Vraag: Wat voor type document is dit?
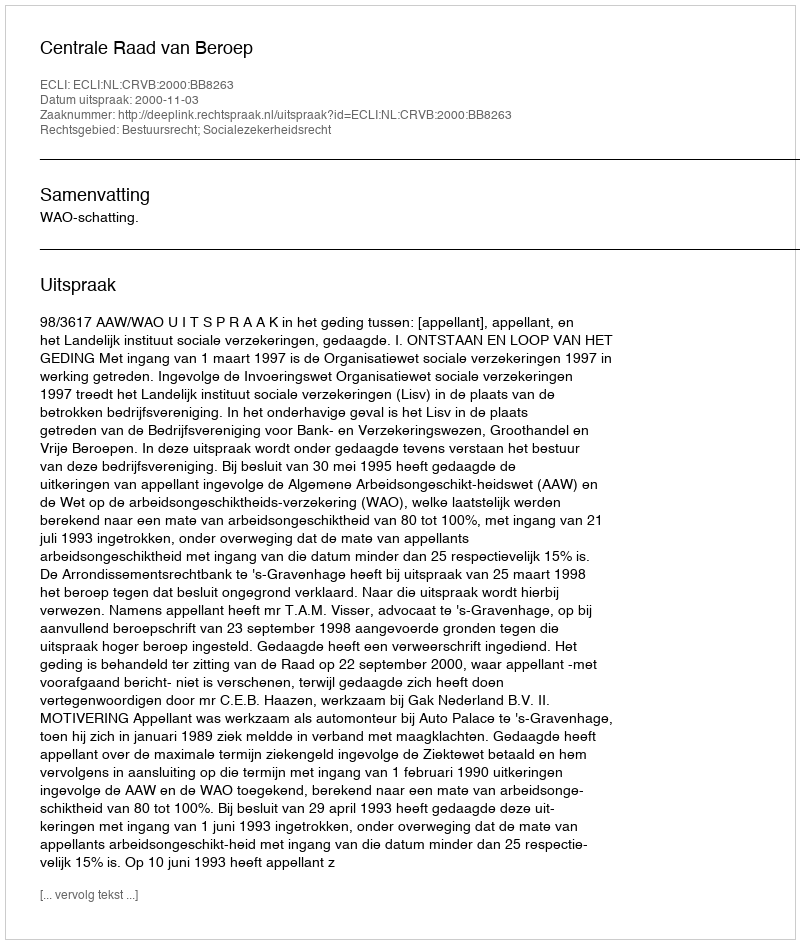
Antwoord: Uitspraak